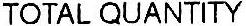
TOTAL QUANTITY